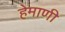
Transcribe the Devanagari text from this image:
हेमाणी